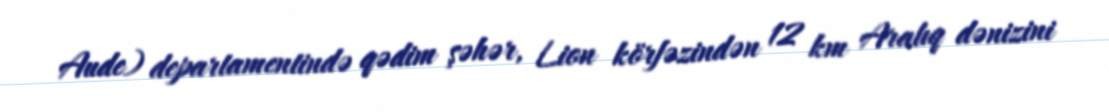
Aude) departamentində qədim şəhər, Lion körfəzindən 12 km Aralıq dənizini